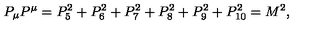
P _ { \mu } P ^ { \mu } = P _ { 5 } ^ { 2 } + P _ { 6 } ^ { 2 } + P _ { 7 } ^ { 2 } + P _ { 8 } ^ { 2 } + P _ { 9 } ^ { 2 } + P _ { 1 0 } ^ { 2 } = M ^ { 2 } ,